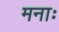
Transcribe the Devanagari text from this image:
मनाः